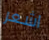
اشعر